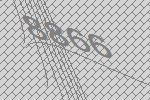
8866